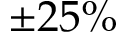
\pm 2 5 \%